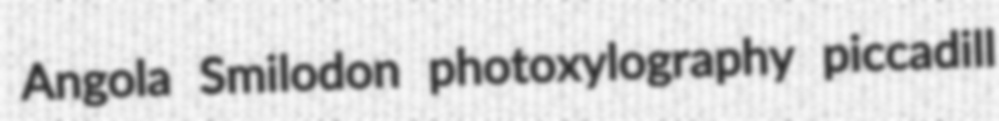
Angola Smilodon photoxylography piccadill